Civil Veterinary Dept. North-West Frontier Province 1923-32 - 1923-1932
Year: 1923
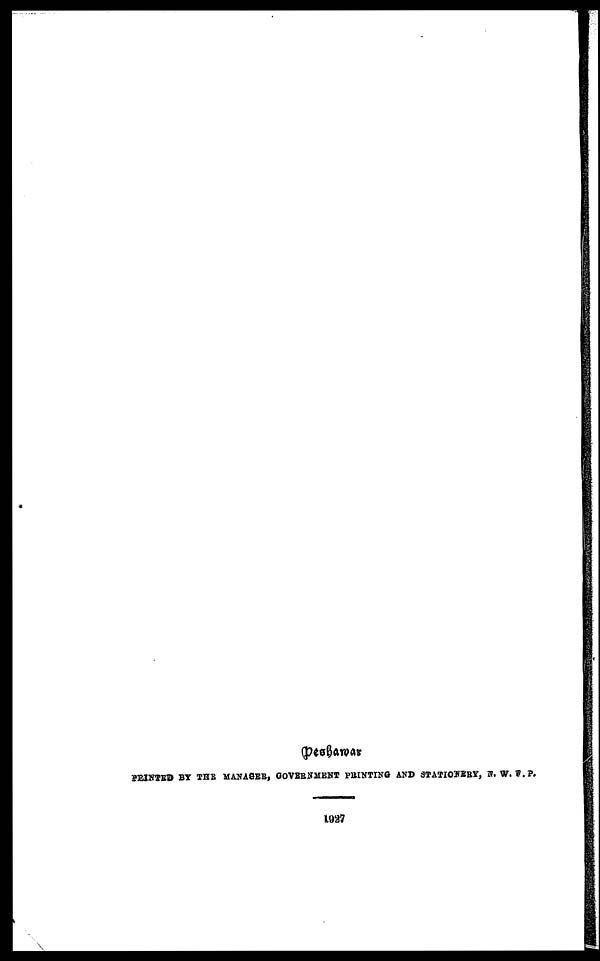
peshawar
PRINTED BY THE MANAGER, GOVERNMENT PRINTING AND STATIONERY, N. W. F. P.
1927